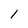
Character: l